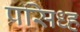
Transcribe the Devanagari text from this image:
प्रसिध्ह